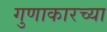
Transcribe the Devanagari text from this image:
गुणाकारच्या